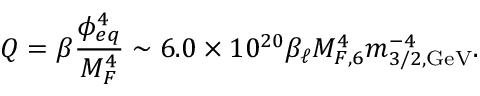
Q = \beta \frac { \phi _ { e q } ^ { 4 } } { M _ { F } ^ { 4 } } \sim 6 . 0 \times 1 0 ^ { 2 0 } \beta _ { \ell } M _ { F , 6 } ^ { 4 } m _ { 3 / 2 , \mathrm { G e V } } ^ { - 4 } .